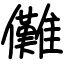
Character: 儺